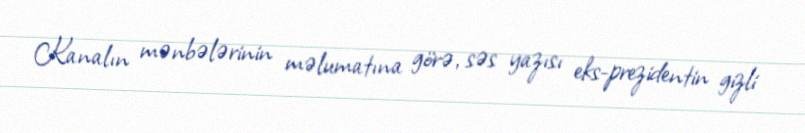
Kanalın mənbələrinin məlumatına görə, səs yazısı eks-prezidentin gizli